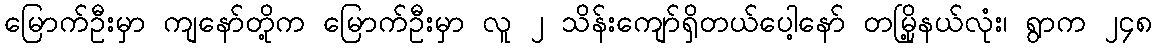
မြောက်ဦးမှာ ကျနော်တို့က မြောက်ဦးမှာ လူ ၂ သိန်းကျော်ရှိတယ်ပေါ့နော် တမြို့နယ်လုံး၊ ရွာက ၂၄၈